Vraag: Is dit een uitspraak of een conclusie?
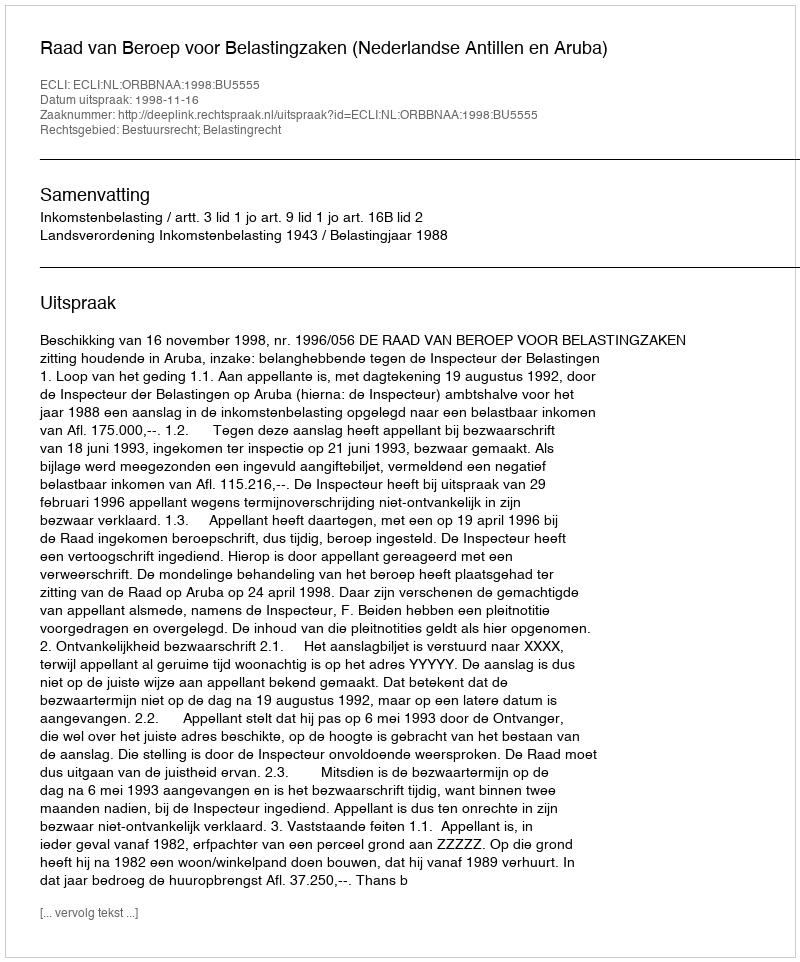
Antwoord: Uitspraak